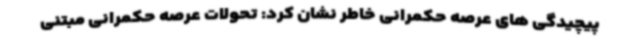
پیچیدگی های عرصه حکمرانی خاطر نشان کرد: تحولات عرصه حکمرانی مبتنی